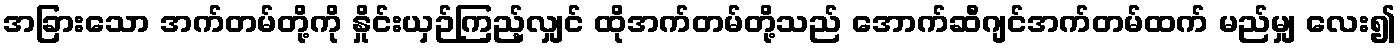
အခြားသော အက်တမ်တို့ကို နှိုင်းယှဉ်ကြည့်လျှင် ထိုအက်တမ်တို့သည် အောက်ဆီဂျင်အက်တမ်ထက် မည်မျှ လေး၍